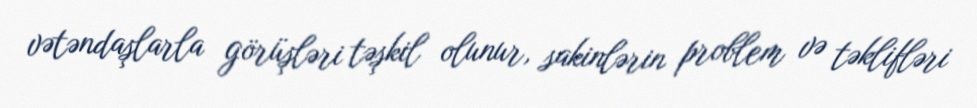
vətəndaşlarla görüşləri təşkil olunur, sakinlərin problem və təklifləri